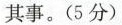
其事。(5分)